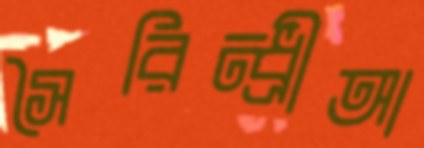
সৈরিন্ধ্রীআ